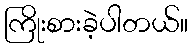
ကြိုးစားခဲ့ပါတယ်။